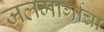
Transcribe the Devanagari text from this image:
जलमार्गाचा